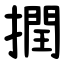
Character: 撋